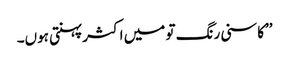
’’کاسنی رنگ تو میں اکثر پہنتی ہوں۔